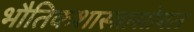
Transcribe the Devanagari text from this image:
भौतिकशास्त्रासोबत